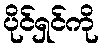
ပိုင်ရှင်ကို